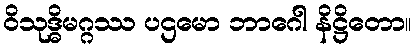
ဝိသုဒ္ဓိမဂ္ဂဿ ပဌမော ဘာဂေါ နိဋ္ဌိတော။